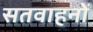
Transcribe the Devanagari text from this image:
सतवाहनों